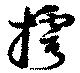
摴